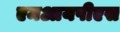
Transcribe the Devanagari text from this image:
एमआयपीएस